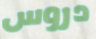
دروس